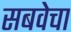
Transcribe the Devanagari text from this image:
सबवेचा